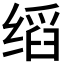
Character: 𬘺